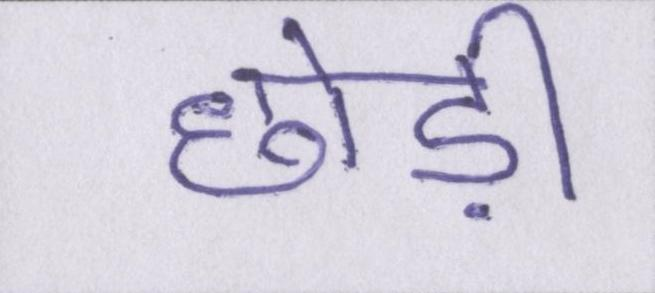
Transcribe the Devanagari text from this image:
छोड़ी